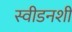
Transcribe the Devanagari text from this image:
स्वीडनशी